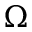
\Omega